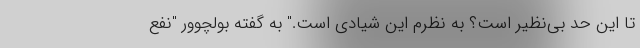
تا این حد بی‌نظیر است؟ به نظرم این شیادی است." به گفته بولچوور "نفع